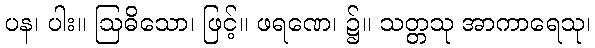
ပန၊ ပါး။ ဩဓိသော၊ ဖြင့်။ ဖရဏေ၊ ၌။ သတ္တသု အာကာရေသု၊